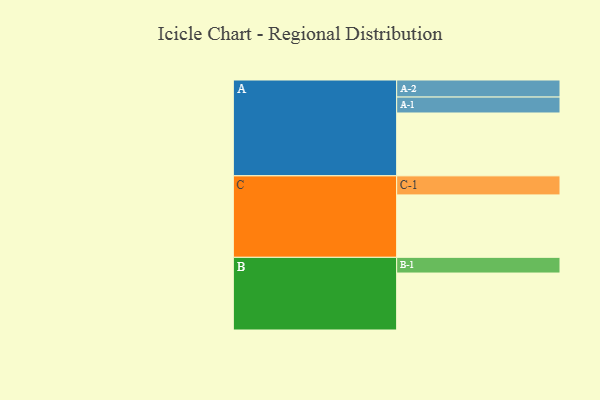
{"axis": {"x": "Segment", "y": "Value"}, "legend": ["", "A", "B", "C"], "data": [{"x": "A", "y": 564, "type": ""}, {"x": "B", "y": 511, "type": ""}, {"x": "C", "y": 560, "type": ""}, {"x": "A-1", "y": 143, "type": "A"}, {"x": "A-2", "y": 153, "type": "A"}, {"x": "B-1", "y": 141, "type": "B"}, {"x": "C-1", "y": 171, "type": "C"}]}